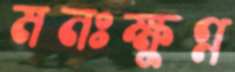
মনঃক্ষুণ্ন